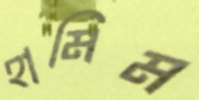
হামিম